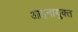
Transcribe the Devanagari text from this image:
आइनायुक्त